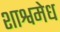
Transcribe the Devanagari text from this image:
शाश्वमेध